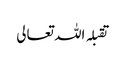
تقبلہ اللہ تعالی